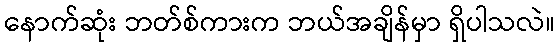
နောက်ဆုံး ဘတ်စ်ကားက ဘယ်အချိန်မှာ ရှိပါသလဲ။